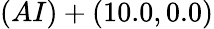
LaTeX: (AI)+(10.0,0.0)